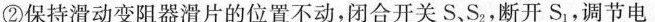
②保持滑动变阻器滑片的位置不动，闭合开关S、S_{2}，断开S_{1}，调节电